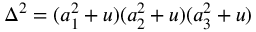
\Delta ^ { 2 } = ( a _ { 1 } ^ { 2 } + u ) ( a _ { 2 } ^ { 2 } + u ) ( a _ { 3 } ^ { 2 } + u )